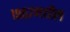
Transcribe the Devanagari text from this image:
१९०७मधील